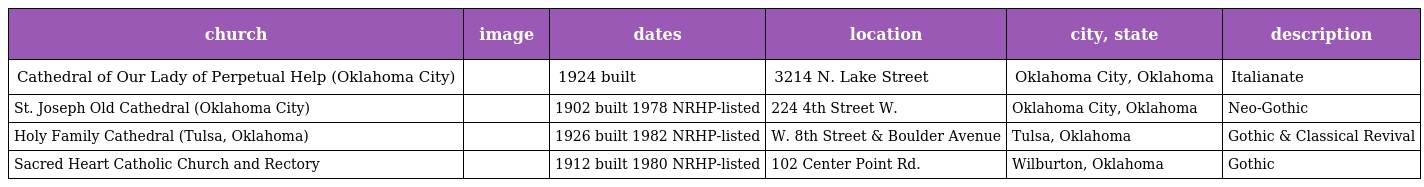
| church | image | dates | location | city, state | description |
 | --- | --- | --- | --- | --- | --- |
 | Cathedral of Our Lady of Perpetual Help (Oklahoma City) |  | 1924 built | 3214 N. Lake Street | Oklahoma City, Oklahoma | Italianate |
 | St. Joseph Old Cathedral (Oklahoma City) |  | 1902 built 1978 NRHP-listed | 224 4th Street W. | Oklahoma City, Oklahoma | Neo-Gothic |
 | Holy Family Cathedral (Tulsa, Oklahoma) |  | 1926 built 1982 NRHP-listed | W. 8th Street & Boulder Avenue | Tulsa, Oklahoma | Gothic & Classical Revival |
 | Sacred Heart Catholic Church and Rectory |  | 1912 built 1980 NRHP-listed | 102 Center Point Rd. | Wilburton, Oklahoma | Gothic |